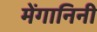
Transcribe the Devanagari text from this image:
मेंगानिनी